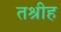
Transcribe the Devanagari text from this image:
तश्रीह